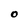
Character: O